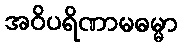
အဝိပရိဏာမဓမ္မာ